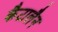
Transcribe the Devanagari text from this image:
कैटालैन